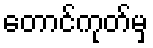
တောင်ကုတ်မှ